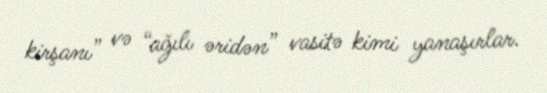
kirşanı” və “ağılı əridən” vasitə kimi yanaşırlar.